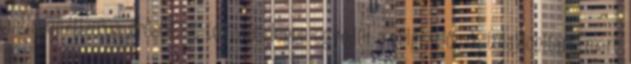
antiszemitizmus erősödést tévedés lenne egyedül a migrációnak tulajdonítani, mert